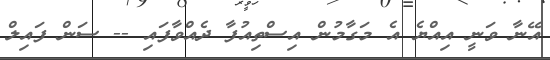
އޭނާ ވަނީ އިއްޔެ އެ މަގާމުން އިސްތިއުފާ ދެއްވާފައި -- ސަން ފައިލް